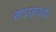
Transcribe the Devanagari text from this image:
साइड्सवाईप